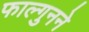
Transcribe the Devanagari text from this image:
फाल्गुनने